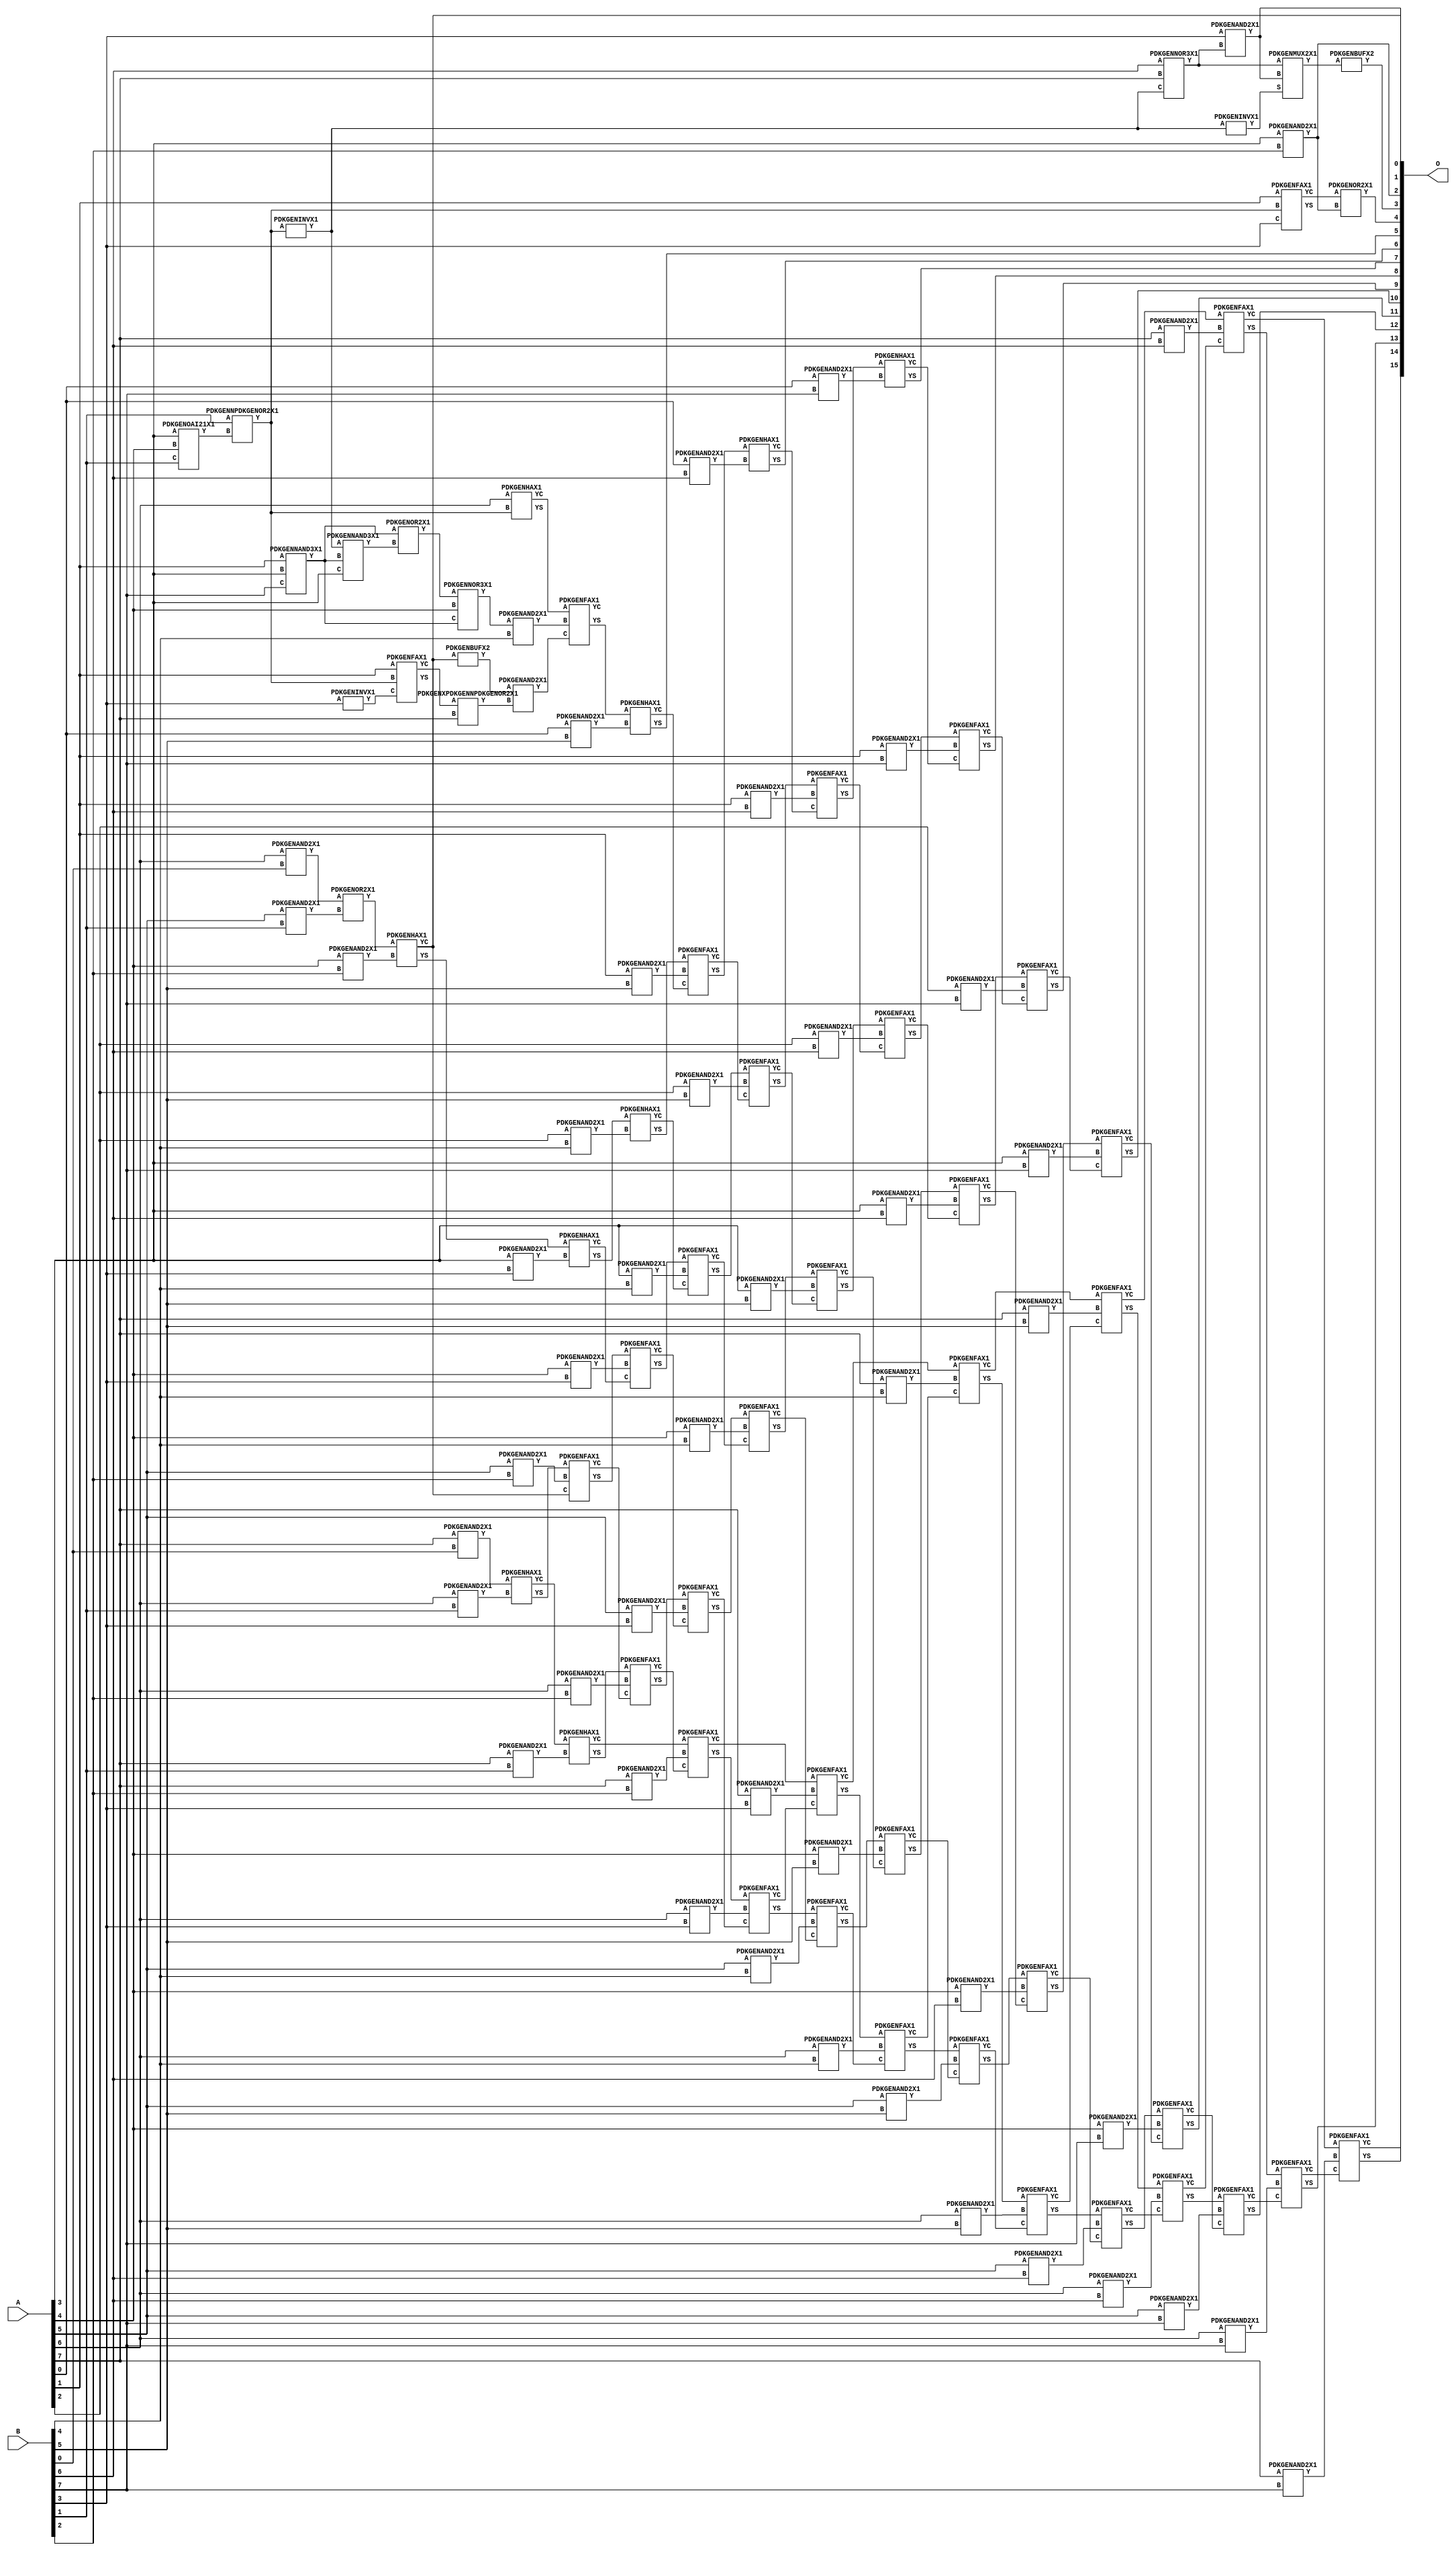
// Library = EvoApprox8b
// Circuit = mul8_480
// Area   (180) = 7119
// Delay  (180) = 4.170
// Power  (180) = 3412.70
// Area   (45) = 516
// Delay  (45) = 1.540
// Power  (45) = 297.90
// Nodes = 109
// HD = 241688
// MAE = 66.41699
// MSE = 6892.96875
// MRE = 2.16 %
// WCE = 332
// WCRE = 100 %
// EP = 92.6 %

module mul8_480(A, B, O);
  input [7:0] A;
  input [7:0] B;
  output [15:0] O;
  wire [2031:0] N;

  assign N[0] = A[0];
  assign N[1] = A[0];
  assign N[2] = A[1];
  assign N[3] = A[1];
  assign N[4] = A[2];
  assign N[5] = A[2];
  assign N[6] = A[3];
  assign N[7] = A[3];
  assign N[8] = A[4];
  assign N[9] = A[4];
  assign N[10] = A[5];
  assign N[11] = A[5];
  assign N[12] = A[6];
  assign N[13] = A[6];
  assign N[14] = A[7];
  assign N[15] = A[7];
  assign N[16] = B[0];
  assign N[17] = B[0];
  assign N[18] = B[1];
  assign N[19] = B[1];
  assign N[20] = B[2];
  assign N[21] = B[2];
  assign N[22] = B[3];
  assign N[23] = B[3];
  assign N[24] = B[4];
  assign N[25] = B[4];
  assign N[26] = B[5];
  assign N[27] = B[5];
  assign N[28] = B[6];
  assign N[29] = B[6];
  assign N[30] = B[7];
  assign N[31] = B[7];

  PDKGENOAI21X1 n34(.A(N[6]), .B(N[8]), .C(N[18]), .Y(N[34]));
  PDKGENNAND3X1 n36(.A(N[2]), .B(N[6]), .C(N[30]), .Y(N[36]));
  assign N[37] = N[36];
  PDKGENNPDKGENOR2X1 n38(.A(N[18]), .B(N[34]), .Y(N[38]));
  assign N[39] = N[38];
  PDKGENFAX1 n40(.A(N[2]), .B(N[38]), .C(N[22]), .YS(N[40]), .YC(N[41]));
  PDKGENINVX1 n42(.A(N[22]), .Y(N[42]));
  assign N[43] = N[42];
  PDKGENINVX1 n50(.A(N[39]), .Y(N[50]));
  assign N[51] = N[50];
  PDKGENFAX1 n56(.A(N[2]), .B(N[38]), .C(N[43]), .YS(N[56]), .YC(N[57]));
  PDKGENNAND3X1 n58(.A(N[51]), .B(N[37]), .C(N[6]), .Y(N[58]));
  PDKGENNOR3X1 n64(.A(N[28]), .B(N[14]), .C(N[51]), .Y(N[64]));
  assign N[65] = N[64];
  PDKGENOR2X1 n76(.A(N[37]), .B(N[58]), .Y(N[76]));
  assign N[77] = N[76];
  PDKGENAND2X1 n82(.A(N[6]), .B(N[20]), .Y(N[82]));
  assign N[83] = N[82];
  PDKGENXPDKGENNPDKGENOR2X1 n96(.A(N[57]), .B(N[14]), .Y(N[96]));
  PDKGENAND2X1 n132(.A(N[12]), .B(N[16]), .Y(N[132]));
  PDKGENHAX1 n136(.A(N[12]), .B(N[38]), .YS(N[136]), .YC(N[137]));
  PDKGENAND2X1 n148(.A(N[14]), .B(N[16]), .Y(N[148]));
  PDKGENAND2X1 n182(.A(N[22]), .B(N[64]), .Y(N[182]));
  PDKGENINVX1 n210(.A(N[51]), .Y(N[210]));
  assign N[211] = N[210];
  PDKGENOR2X1 n220(.A(N[41]), .B(N[82]), .Y(N[220]));
  assign N[221] = N[220];
  PDKGENAND2X1 n248(.A(N[10]), .B(N[18]), .Y(N[248]));
  PDKGENAND2X1 n264(.A(N[12]), .B(N[18]), .Y(N[264]));
  PDKGENAND2X1 n282(.A(N[14]), .B(N[18]), .Y(N[282]));
  PDKGENNOR3X1 n338(.A(N[77]), .B(N[8]), .C(N[37]), .Y(N[338]));
  assign N[339] = N[338];
  PDKGENOR2X1 n382(.A(N[132]), .B(N[248]), .Y(N[382]));
  PDKGENHAX1 n398(.A(N[148]), .B(N[264]), .YS(N[398]), .YC(N[399]));
  PDKGENHAX1 n414(.A(N[399]), .B(N[282]), .YS(N[414]), .YC(N[415]));
  PDKGENAND2X1 n498(.A(N[8]), .B(N[20]), .Y(N[498]));
  PDKGENAND2X1 n514(.A(N[10]), .B(N[20]), .Y(N[514]));
  PDKGENAND2X1 n532(.A(N[12]), .B(N[20]), .Y(N[532]));
  PDKGENAND2X1 n548(.A(N[14]), .B(N[20]), .Y(N[548]));
  PDKGENMUX2X1 n600(.A(N[65]), .B(N[182]), .S(N[211]), .Y(N[600]));
  assign N[601] = N[600];
  PDKGENHAX1 n632(.A(N[382]), .B(N[498]), .YS(N[632]), .YC(N[633]));
  PDKGENFAX1 n648(.A(N[398]), .B(N[514]), .C(N[633]), .YS(N[648]), .YC(N[649]));
  PDKGENFAX1 n664(.A(N[414]), .B(N[532]), .C(N[649]), .YS(N[664]), .YC(N[665]));
  PDKGENFAX1 n682(.A(N[415]), .B(N[548]), .C(N[665]), .YS(N[682]), .YC(N[683]));
  PDKGENAND2X1 n748(.A(N[6]), .B(N[22]), .Y(N[748]));
  PDKGENAND2X1 n764(.A(N[8]), .B(N[22]), .Y(N[764]));
  PDKGENAND2X1 n782(.A(N[10]), .B(N[22]), .Y(N[782]));
  PDKGENAND2X1 n798(.A(N[12]), .B(N[22]), .Y(N[798]));
  PDKGENAND2X1 n814(.A(N[14]), .B(N[22]), .Y(N[814]));
  PDKGENBUFX2 n832(.A(N[601]), .Y(N[832]));
  PDKGENBUFX2 n880(.A(N[633]), .Y(N[880]));
  assign N[881] = N[880];
  PDKGENHAX1 n882(.A(N[632]), .B(N[748]), .YS(N[882]), .YC(N[883]));
  PDKGENFAX1 n898(.A(N[648]), .B(N[764]), .C(N[883]), .YS(N[898]), .YC(N[899]));
  PDKGENFAX1 n914(.A(N[664]), .B(N[782]), .C(N[899]), .YS(N[914]), .YC(N[915]));
  PDKGENFAX1 n932(.A(N[682]), .B(N[798]), .C(N[915]), .YS(N[932]), .YC(N[933]));
  PDKGENFAX1 n948(.A(N[683]), .B(N[814]), .C(N[933]), .YS(N[948]), .YC(N[949]));
  PDKGENAND2X1 n982(.A(N[339]), .B(N[24]), .Y(N[982]));
  PDKGENAND2X1 n998(.A(N[4]), .B(N[24]), .Y(N[998]));
  PDKGENAND2X1 n1014(.A(N[6]), .B(N[24]), .Y(N[1014]));
  PDKGENAND2X1 n1032(.A(N[8]), .B(N[24]), .Y(N[1032]));
  PDKGENAND2X1 n1048(.A(N[10]), .B(N[24]), .Y(N[1048]));
  PDKGENAND2X1 n1064(.A(N[12]), .B(N[24]), .Y(N[1064]));
  PDKGENAND2X1 n1082(.A(N[14]), .B(N[24]), .Y(N[1082]));
  PDKGENAND2X1 n1098(.A(N[881]), .B(N[96]), .Y(N[1098]));
  assign N[1099] = N[1098];
  PDKGENFAX1 n1114(.A(N[137]), .B(N[982]), .C(N[1099]), .YS(N[1114]), .YC(N[1115]));
  PDKGENHAX1 n1132(.A(N[882]), .B(N[998]), .YS(N[1132]), .YC(N[1133]));
  PDKGENFAX1 n1148(.A(N[898]), .B(N[1014]), .C(N[1133]), .YS(N[1148]), .YC(N[1149]));
  PDKGENFAX1 n1164(.A(N[914]), .B(N[1032]), .C(N[1149]), .YS(N[1164]), .YC(N[1165]));
  PDKGENFAX1 n1182(.A(N[932]), .B(N[1048]), .C(N[1165]), .YS(N[1182]), .YC(N[1183]));
  PDKGENFAX1 n1198(.A(N[948]), .B(N[1064]), .C(N[1183]), .YS(N[1198]), .YC(N[1199]));
  PDKGENFAX1 n1214(.A(N[949]), .B(N[1082]), .C(N[1199]), .YS(N[1214]), .YC(N[1215]));
  PDKGENAND2X1 n1232(.A(N[0]), .B(N[26]), .Y(N[1232]));
  PDKGENAND2X1 n1248(.A(N[2]), .B(N[26]), .Y(N[1248]));
  PDKGENAND2X1 n1264(.A(N[4]), .B(N[26]), .Y(N[1264]));
  PDKGENAND2X1 n1282(.A(N[6]), .B(N[26]), .Y(N[1282]));
  PDKGENAND2X1 n1298(.A(N[8]), .B(N[26]), .Y(N[1298]));
  PDKGENAND2X1 n1314(.A(N[10]), .B(N[26]), .Y(N[1314]));
  PDKGENAND2X1 n1332(.A(N[12]), .B(N[26]), .Y(N[1332]));
  PDKGENAND2X1 n1348(.A(N[14]), .B(N[26]), .Y(N[1348]));
  PDKGENHAX1 n1364(.A(N[1114]), .B(N[1232]), .YS(N[1364]), .YC(N[1365]));
  PDKGENFAX1 n1382(.A(N[1132]), .B(N[1248]), .C(N[1365]), .YS(N[1382]), .YC(N[1383]));
  PDKGENFAX1 n1398(.A(N[1148]), .B(N[1264]), .C(N[1383]), .YS(N[1398]), .YC(N[1399]));
  PDKGENFAX1 n1414(.A(N[1164]), .B(N[1282]), .C(N[1399]), .YS(N[1414]), .YC(N[1415]));
  PDKGENFAX1 n1432(.A(N[1182]), .B(N[1298]), .C(N[1415]), .YS(N[1432]), .YC(N[1433]));
  PDKGENFAX1 n1448(.A(N[1198]), .B(N[1314]), .C(N[1433]), .YS(N[1448]), .YC(N[1449]));
  PDKGENFAX1 n1464(.A(N[1214]), .B(N[1332]), .C(N[1449]), .YS(N[1464]), .YC(N[1465]));
  PDKGENFAX1 n1482(.A(N[1215]), .B(N[1348]), .C(N[1465]), .YS(N[1482]), .YC(N[1483]));
  PDKGENAND2X1 n1498(.A(N[0]), .B(N[28]), .Y(N[1498]));
  PDKGENAND2X1 n1514(.A(N[2]), .B(N[28]), .Y(N[1514]));
  PDKGENAND2X1 n1532(.A(N[4]), .B(N[28]), .Y(N[1532]));
  PDKGENAND2X1 n1548(.A(N[6]), .B(N[28]), .Y(N[1548]));
  PDKGENAND2X1 n1564(.A(N[8]), .B(N[28]), .Y(N[1564]));
  PDKGENAND2X1 n1582(.A(N[10]), .B(N[28]), .Y(N[1582]));
  PDKGENAND2X1 n1598(.A(N[12]), .B(N[28]), .Y(N[1598]));
  PDKGENAND2X1 n1614(.A(N[14]), .B(N[28]), .Y(N[1614]));
  PDKGENHAX1 n1632(.A(N[1382]), .B(N[1498]), .YS(N[1632]), .YC(N[1633]));
  PDKGENFAX1 n1648(.A(N[1398]), .B(N[1514]), .C(N[1633]), .YS(N[1648]), .YC(N[1649]));
  PDKGENFAX1 n1664(.A(N[1414]), .B(N[1532]), .C(N[1649]), .YS(N[1664]), .YC(N[1665]));
  PDKGENFAX1 n1682(.A(N[1432]), .B(N[1548]), .C(N[1665]), .YS(N[1682]), .YC(N[1683]));
  PDKGENFAX1 n1698(.A(N[1448]), .B(N[1564]), .C(N[1683]), .YS(N[1698]), .YC(N[1699]));
  PDKGENFAX1 n1714(.A(N[1464]), .B(N[1582]), .C(N[1699]), .YS(N[1714]), .YC(N[1715]));
  PDKGENFAX1 n1732(.A(N[1482]), .B(N[1598]), .C(N[1715]), .YS(N[1732]), .YC(N[1733]));
  PDKGENFAX1 n1748(.A(N[1483]), .B(N[1614]), .C(N[1733]), .YS(N[1748]), .YC(N[1749]));
  PDKGENAND2X1 n1764(.A(N[0]), .B(N[30]), .Y(N[1764]));
  PDKGENAND2X1 n1782(.A(N[2]), .B(N[30]), .Y(N[1782]));
  PDKGENAND2X1 n1798(.A(N[4]), .B(N[30]), .Y(N[1798]));
  PDKGENAND2X1 n1814(.A(N[6]), .B(N[30]), .Y(N[1814]));
  PDKGENAND2X1 n1832(.A(N[8]), .B(N[30]), .Y(N[1832]));
  PDKGENAND2X1 n1848(.A(N[10]), .B(N[30]), .Y(N[1848]));
  PDKGENAND2X1 n1864(.A(N[12]), .B(N[30]), .Y(N[1864]));
  PDKGENAND2X1 n1882(.A(N[14]), .B(N[30]), .Y(N[1882]));
  PDKGENHAX1 n1898(.A(N[1648]), .B(N[1764]), .YS(N[1898]), .YC(N[1899]));
  PDKGENFAX1 n1914(.A(N[1664]), .B(N[1782]), .C(N[1899]), .YS(N[1914]), .YC(N[1915]));
  PDKGENFAX1 n1932(.A(N[1682]), .B(N[1798]), .C(N[1915]), .YS(N[1932]), .YC(N[1933]));
  PDKGENFAX1 n1948(.A(N[1698]), .B(N[1814]), .C(N[1933]), .YS(N[1948]), .YC(N[1949]));
  PDKGENFAX1 n1964(.A(N[1714]), .B(N[1832]), .C(N[1949]), .YS(N[1964]), .YC(N[1965]));
  PDKGENFAX1 n1982(.A(N[1732]), .B(N[1848]), .C(N[1965]), .YS(N[1982]), .YC(N[1983]));
  PDKGENFAX1 n1998(.A(N[1748]), .B(N[1864]), .C(N[1983]), .YS(N[1998]), .YC(N[1999]));
  PDKGENFAX1 n2014(.A(N[1749]), .B(N[1882]), .C(N[1999]), .YS(N[2014]), .YC(N[2015]));

  assign O[0] = N[633];
  assign O[1] = N[182];
  assign O[2] = N[83];
  assign O[3] = N[832];
  assign O[4] = N[221];
  assign O[5] = N[1364];
  assign O[6] = N[1632];
  assign O[7] = N[1898];
  assign O[8] = N[1914];
  assign O[9] = N[1932];
  assign O[10] = N[1948];
  assign O[11] = N[1964];
  assign O[12] = N[1982];
  assign O[13] = N[1998];
  assign O[14] = N[2014];
  assign O[15] = N[2015];

endmodule
/* mod */
module PDKGENOAI21X1( input A, input B, input C, output Y );
    assign Y = ~((A | B) & C);
endmodule
/* mod */
module PDKGENFAX1( input A, input B, input C, output YS, output YC );
    assign YS = (A ^ B) ^ C;
    assign YC = (A & B) | (B & C) | (A & C);
endmodule
/* mod */
module PDKGENXPDKGENNPDKGENOR2X1(input A, input B, output Y );
     assign Y = ~(A ^ B);
endmodule
/* mod */
module PDKGENHAX1( input A, input B, output YS, output YC );
    assign YS = A ^ B;
    assign YC = A & B;
endmodule
/* mod */
module PDKGENNOR3X1(input A, input B, input C, output Y );
     assign Y = ~((A | B) | C);
endmodule
/* mod */
module PDKGENAND2X1(input A, input B, output Y );
     assign Y = A & B;
endmodule
/* mod */
module PDKGENINVX1(input A, output Y );
     assign Y = ~A;
endmodule
/* mod */
module PDKGENNPDKGENOR2X1(input A, input B, output Y );
     assign Y = ~(A | B);
endmodule
/* mod */
module PDKGENMUX2X1( input A, input B, input S, output Y );
    assign Y = (A & ~S) | (B & S);
endmodule
/* mod */
module PDKGENNAND3X1(input A, input B, input C, output Y );
     assign Y = ~((A & B) & C);
endmodule
/* mod */
module PDKGENBUFX2(input A, output Y );
     assign Y = A;
endmodule
/* mod */
module PDKGENOR2X1(input A, input B, output Y );
     assign Y = A | B;
endmodule